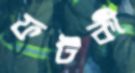
ফটকী